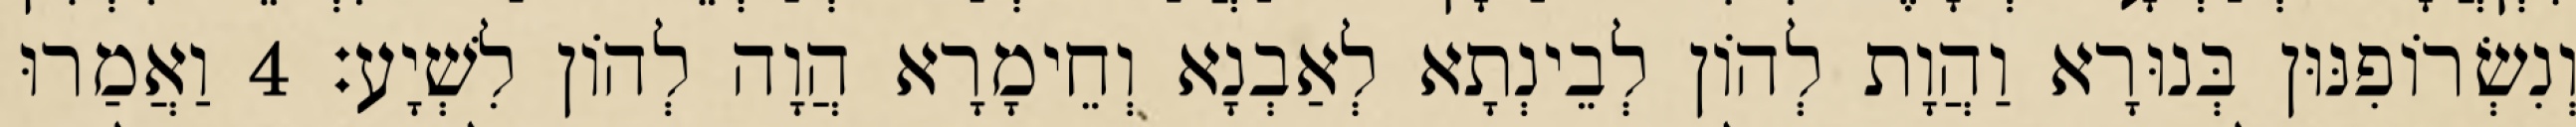
וְנִשְׂרוֹפִנּוּן בְּנוּרָא וַהֲוָת לְהוֹן לְבֵינְתָא לְאַבְנָא וְחֵימָרָא הֲוָה לְהוֹן לִשְׁיָע׃ 4 וַאֲמַרוּ